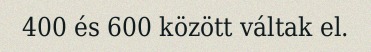
400 és 600 között váltak el.